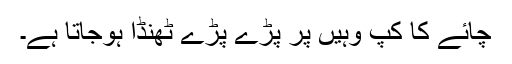
چائے کا کپ وہیں پر پڑے پڑے ٹھنڈا ہوجاتا ہے۔